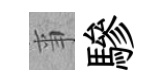
亊驂